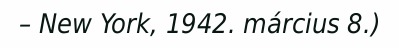
– New York, 1942. március 8.)